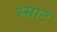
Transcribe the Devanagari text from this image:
स्म्राट